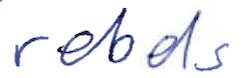
Text: rebels
Cross-out: clean
Writing tool: ballpoint